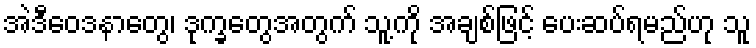
အဲဒီဝေဒနာတွေ၊ ဒုက္ခတွေအတွက် သူ့ကို အချစ်ဖြင့် ပေးဆပ်ရမည်ဟု သူ